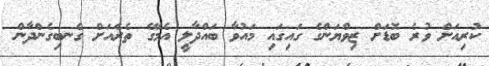
ކުރިއަށް ވުރެ ބޮޑަށް ޒިވްޔަންގެ ގައިގައި މައުވާ ބައްދާލީ އެމޭގެ ތެރެއަށް ގެނބިގެންދާން